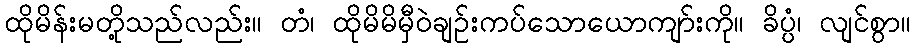
ထိုမိန်းမတို့သည်လည်း။ တံ၊ ထိုမိမိမှီဝဲချဉ်းကပ်သောယောကျာ်းကို။ ခိပ္ပံ၊ လျင်စွာ။